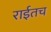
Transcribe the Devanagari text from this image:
राईतच